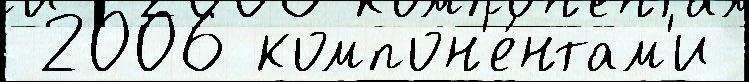
 2006 компон'е́нтам'и